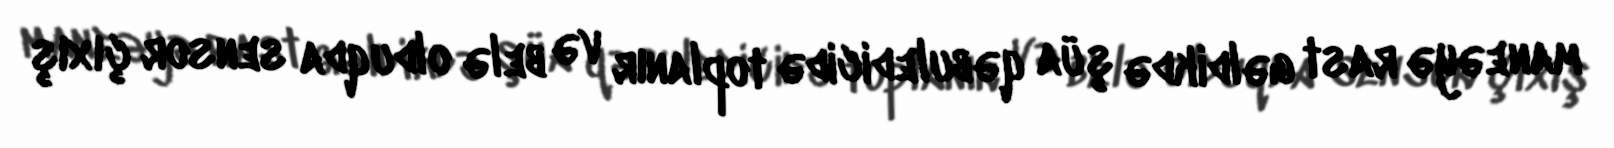
maneəyə rast gəldikdə şüa qəbuledicidə toplanır və belə olduqda sensor çıxış